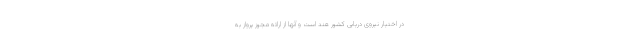
در اختیار نیروی دریایی کشور هند است و آنها از ارائه مجوز پرواز به